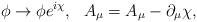
LaTeX: \begin{align*}\phi\rightarrow\phi e^{i\chi},\ \ A_{\mu}=A_{\mu}-\partial_{\mu}\chi,\end{align*}